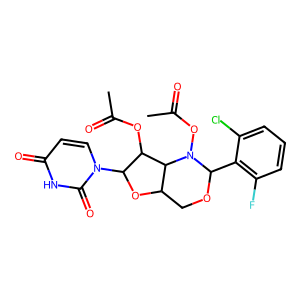
SMILES: CC(=O)OC1C2C(COC(c3c(F)cccc3Cl)N2OC(C)=O)OC1n1ccc(=O)[nH]c1=O
Inhibits HIV replication: No